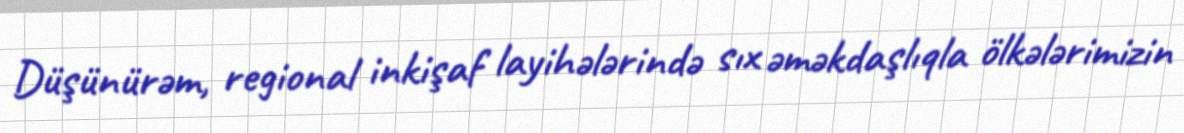
Düşünürəm, regional inkişaf layihələrində sıx əməkdaşlıqla ölkələrimizin